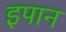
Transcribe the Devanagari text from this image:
इपान